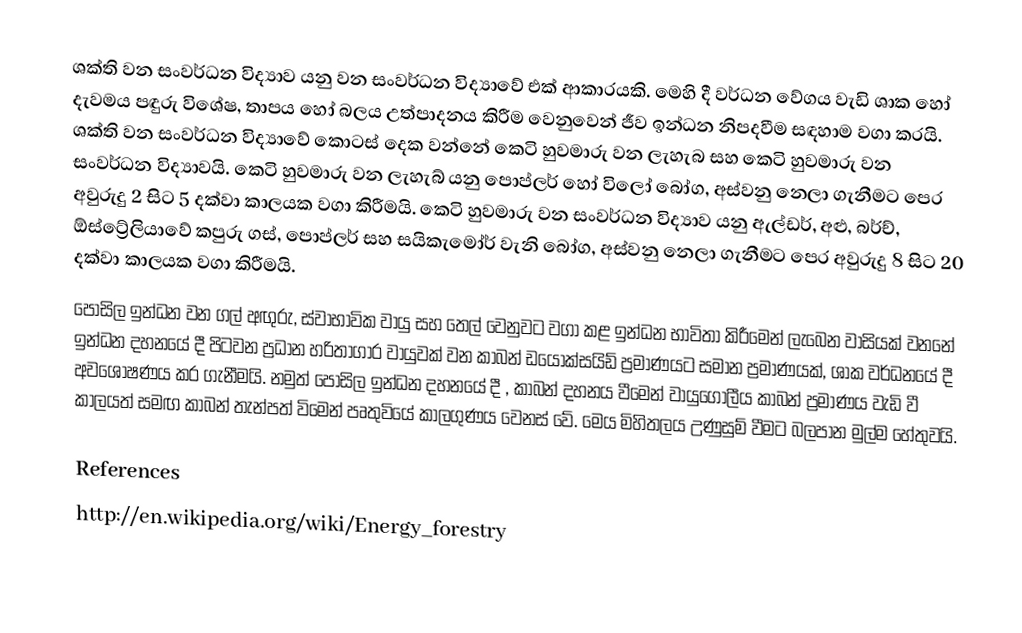
ශක්ති වන සංවර්ධන විද්‍යාව යනු වන සංවර්ධන විද්‍යාවේ එක් ආකාරයකි. මෙහි දී වර්ධන වේගය වැඩි ශාක හෝ දැවමය පඳුරු විශේෂ, තාපය හෝ බලය උත්පාදනය කිරීම වෙනුවෙන් ජීව ඉන්ධන නිපදවීම සඳහාම වගා කරයි. ශක්ති වන සංවර්ධන විද්‍යාවේ කොටස් දෙක වන්නේ කෙටි හුවමාරු වන ලැහැබ සහ කෙටි හුවමාරු වන සංවර්ධන විද්‍යාවයි. කෙටි හුවමාරු වන ලැහැබ් යනු පොප්ලර් හෝ විලෝ බෝග, අස්වනු නෙලා ගැනීමට පෙර අවුරුදු 2 සිට 5 දක්වා කාලයක වගා කිරීමයි. කෙටි හුවමාරු වන සංවර්ධන විද්‍යාව යනු ඇල්ඩර්, අළු, බර්ච්, ඕස්ට්‍රේලියාවේ කපුරු ගස්, පොප්ලර් සහ සයිකැමෝර් වැනි බෝග, අස්වනු නෙලා ගැනීමට පෙර අවුරුදු 8 සිට 20 දක්වා කාලයක වගා කිරීමයි.
පොසිල ඉන්ධන වන ගල් අඟුරු, ස්වාභාවික වායු සහ තෙල් වෙනුවට වගා කළ ඉන්ධන භාවිතා කිරීමෙන් ලැබෙන වාසියක් වනනේ ඉන්ධන දහනයේ දී පිටවන ප්‍රධාන හරිතාගාර වායුවක් වන කාබන් ඩයොක්සයිඩ් ප්‍රමාණයට සමාන ප්‍රමාණයක්, ශාක වර්ධනයේ දී අවශෝෂණය කර ගැනීමයි. නමුත් පොසිල ඉන්ධන දහනයේ දී , කාබන් දහනය වීමෙන් වායු‍ගෝලීය කාබන් ප්‍රමාණය වැඩි වී කාලයත් සමඟ කාබන් තැන්පත් විමෙන් පෘතුවියේ කාලගුණය වෙනස් වේ. මෙය මිහිතලය උණුසුම් වීමට බලපාන මුල්ම හේතුවයි.

References
http://en.wikipedia.org/wiki/Energy_forestry